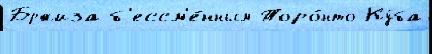
Бржиза б'ессм'е́нным Торо́нто Ку́ба